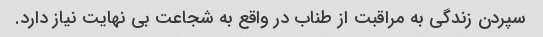
سپردن زندگی به مراقبت از طناب در واقع به شجاعت بی نهایت نیاز دارد.